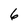
Character: 6